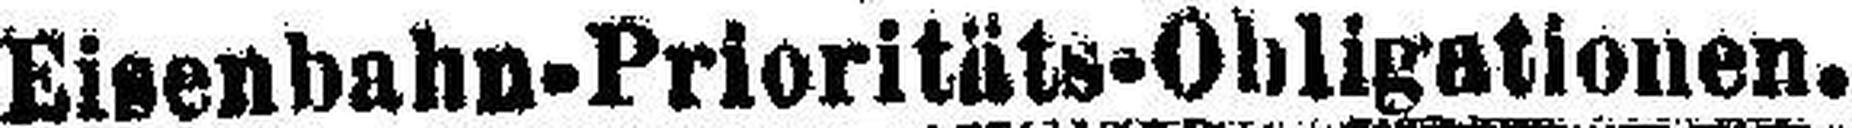
Eisenbahn-Prioritäts-Obligationen.